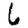
Digit: 6